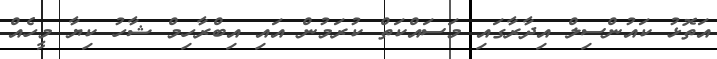
އަތޮޅު ކައުންސިލް އިދާރާގައި މަސައްކަތް ކުރަމުން އައި އިބްރާހިމް ޝާހު ކިޔާ މީހެއް